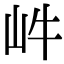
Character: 𡵜